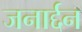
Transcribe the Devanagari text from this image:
जनार्द्दन